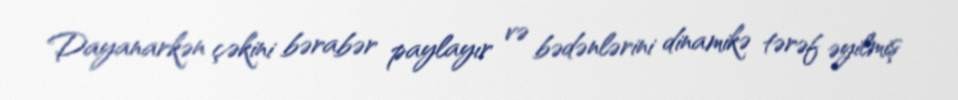
Dayanarkən çəkini bərabər paylayır və bədənlərini dinamikə tərəf əyilmiş